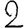
Digit: 2